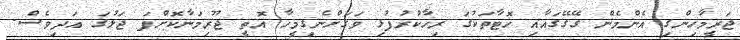
ޖަރީމާހިންގި އެންމެން ގޭގޭގައާއި ހޮޓާތަކުގަ ރިހާކުރުފުޅި ވަގަށްނެގިމީހާ އޮތީ ޖޫރިމަނާކޮށްފަ ޖަލުގަ އަދިވެސް.